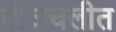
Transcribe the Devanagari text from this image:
वीजचलीत